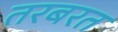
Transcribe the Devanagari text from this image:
तरबरत